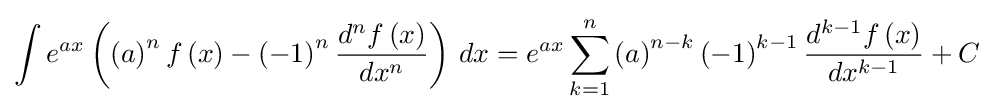
\int {e^{ax}\left(\left(a\right)^{n}f\left(x\right)-\left(-1\right)^{n}{\frac {d^{n}f\left(x\right)}{dx^{n}}}\right)\,dx}=e^{ax}\sum _{k=1}^{n}{\left(a\right)^{n-k}\left(-1\right)^{k-1}{\frac {d^{k-1}f\left(x\right)}{dx^{k-1}}}}+C